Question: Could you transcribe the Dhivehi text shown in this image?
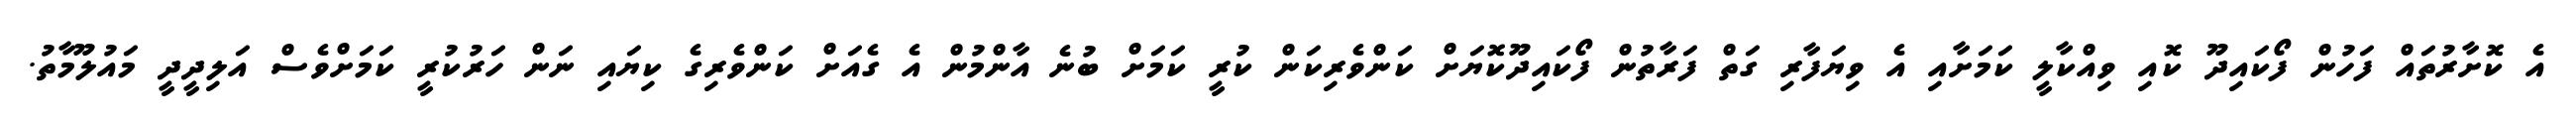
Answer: އެ ކޮށާރުތައް ފަހުން ފޯކައިދޫ ކޮއި ވިއްކާލީ ކަމަށާއި އެ ވިޔަފާރި ގަތް ފަރާތުން ފޯކައިދޫކޮޔަށް ކަންވެރިކަން ކުރީ ކަމަށް ބުނެ އާންމުން އެ ގެއަށް ކަންވެރިގެ ކިޔައި ނަން ހަރުކުރީ ކަމަށްވެސް އަލިދީދީ މައުލޫމާތު.